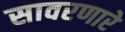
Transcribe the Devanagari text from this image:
सावरणारे